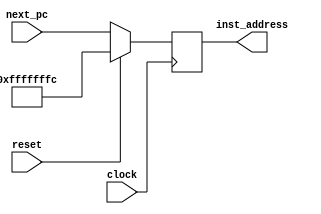
`timescale 1ns / 1ps
//////////////////////////////////////////////////////////////////////////////////
// Company: 
// Engineer: 
// 
// Design Name: 
// Module Name:    address_fetch 
// Project Name: 
// Target Devices: 
// Tool versions: 
// Description: 
//
// Dependencies: 
//
// Revision: 
// Revision 0.01 - File Created
// Additional Comments: 
//
//////////////////////////////////////////////////////////////////////////////////
module address_fetch(
    input [31:0] next_pc,
    output reg [31:0] inst_address,
    input clock,
    input reset
    );	 
	// integer check = 0;
	 
	 always @(posedge clock)
	 begin
		if(reset == 1)
			begin
			inst_address = -4;
			
			end
			
		// branch instructions
		/*
		else if(inst_code[6:0] == 7'b1100011 && check == 1)
		begin
			if(inst_code[31] == 1)
			inst_address = inst_address - {inst_code[7]+inst_code[30:25]+inst_code[12:8]};
			else
			inst_address = inst_address + {inst_code[7]+inst_code[30:25]+inst_code[12:8]};
		end
		*/
		
	/*	else if(check <= 4 && check !=0) begin
		inst_address = inst_address + 4;
		check = check+1;
		end  */
		else
		inst_address = next_pc;
end
endmodule